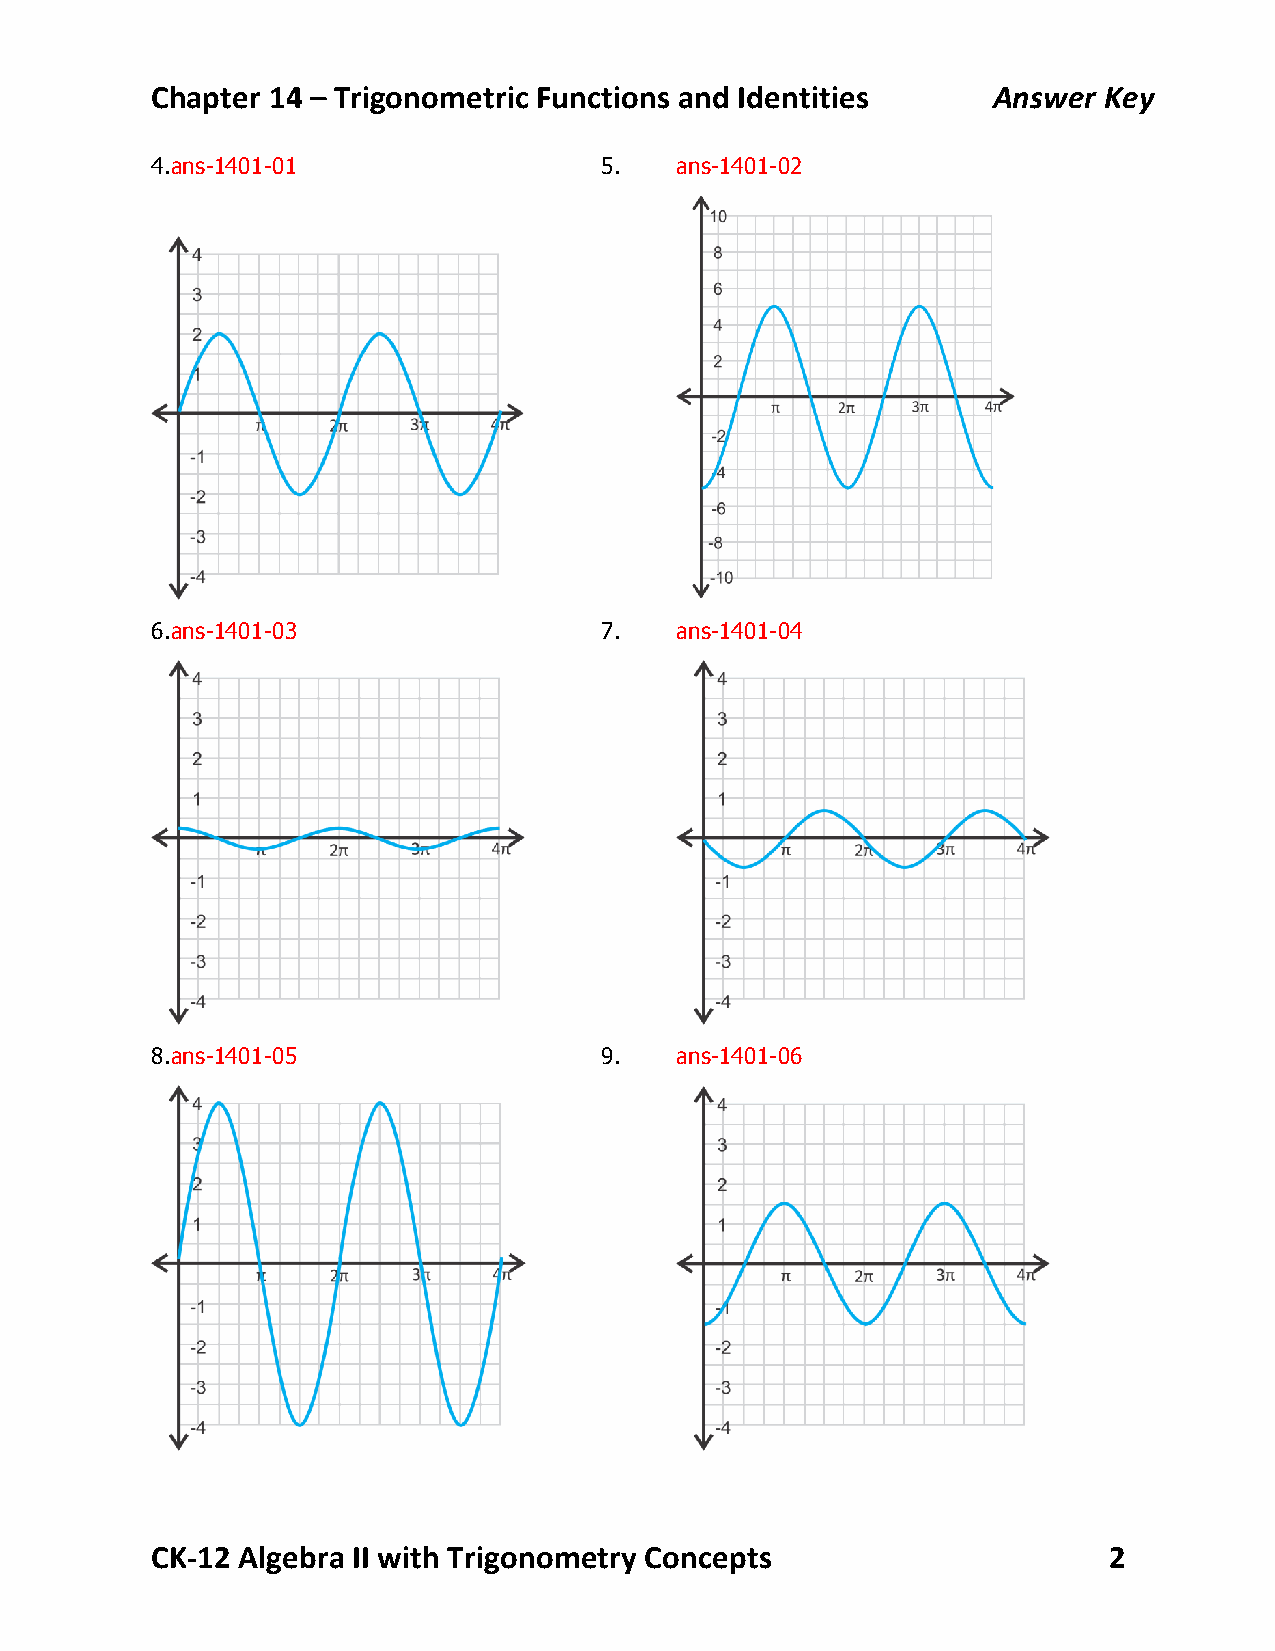
Chapter 14 – Trigonometric Functions and Identities     Answer Key
 4.ans-1401-01                 5.   ans-1401-02
 6.ans-1401-03                 7.   ans-1401-04
 8.ans-1401-05                 9.   ans-1401-06
 CK-­‐12 Algebra II with Trigonometry Concepts                  2